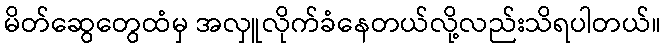
မိတ်ဆွေတွေထံမှ အလှူလိုက်ခံနေတယ်လို့လည်းသိရပါတယ်။